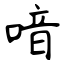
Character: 喑